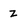
Character: Z